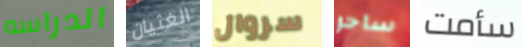
الدراسه الغثيان سروال ساحر سأمت